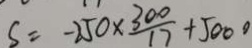
S = - 2 5 0 \times \frac { 3 0 0 } { 1 7 } + 5 0 0 0